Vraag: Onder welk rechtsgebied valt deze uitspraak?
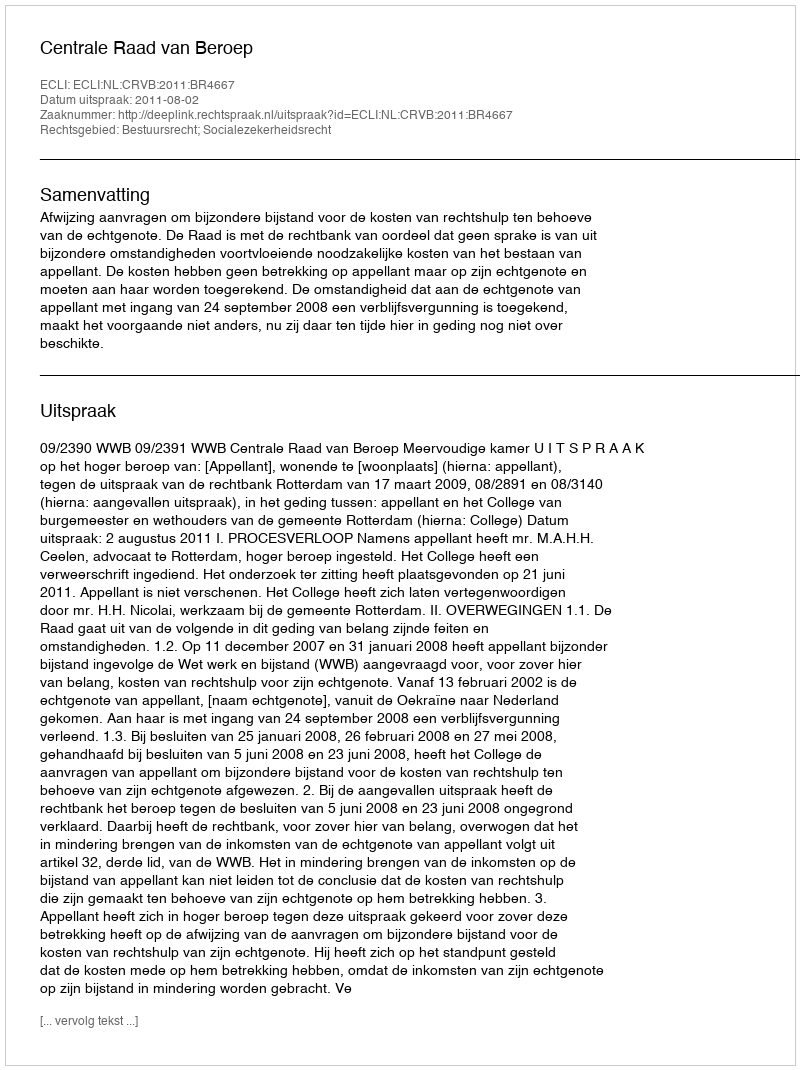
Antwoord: Bestuursrecht; Socialezekerheidsrecht